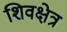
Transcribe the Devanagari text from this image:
शिवक्षेत्र